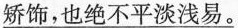
\underline{矫饰，也绝不平淡浅易}。